Vaccination United Provinces of Agra and Oudh 1902-1913 - 1902-1913
Year: 1902
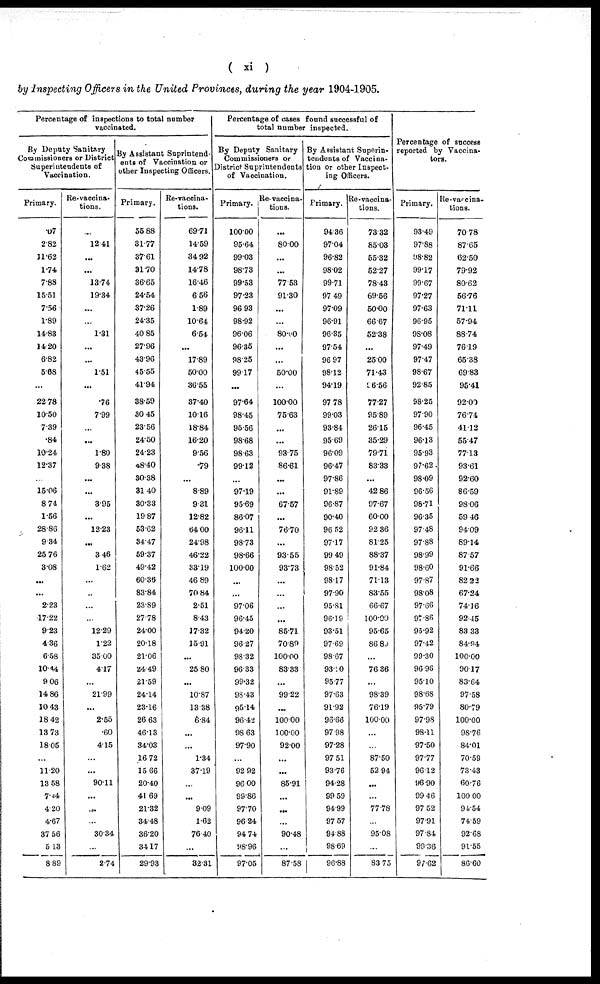
( xi )
by Inspecting Officers in the United Provinces, during the year 1904-1905.
Percentage of inspections to total number
vaccinated.
By Deputy Sanitary
Commissioners or District
Superintendents of
Vaccination.
Primary.
.07
2.82
11.62
1.74
7.88
15.51
7.56
1.89
14.83
14.20
6.82
5.68
...
22.78
10.50
7.39
.84
10.24
12.37
...
15.06
8.74
1.56
28.86
9.34
25.76
3.08
...
...
2.23
17.22
9.23
4.36
6.58
10.44
9.06
14.86
10.43
18.42
13.73
18.05
...
11.20
13.58
7.44
4.20
4.67
37.56
5.13
8.89
Re-vaccina-
tions.
...
12.41
...
...
13.74
19.34
...
...
1.31
...
...
1.51
...
.76
7.99
...
...
1.80
9.38
...
...
3.95
...
13.23
...
3.46
1.62
...
...
...
12.29
1.22
35.00
4.17
...
21.99
...
2.55
.60
4.15
...
...
90.11
...
...
...
30.34
...
2.74
By Assistant Suprintend-
ents of Vaccination or
other Inspecting Officers.
Primary.
55.88
31.77
37.61
31.70
36.65
24.54
37.26
24.35
40.85
27.96
43.96
45.55
41.94
38.59
30.45
23.56
24.50
24.23
48.40
30.38
31.40
30.33
19.87
53.62
34.47
59.37
49.42
60.38
83.84
23.89
27.78
24.00
20.18
21.06
24.49
21.59
24.14
23.16
26.63
46.13
34.03
16.72
15.66
20.40
41.69
21.32
34.48
36.20
34.17
29.93
Re-vaccina-
tions.
69.71
14.59
34.92
14.78
16.46
6.56
1.89
10.64
6.54
...
17.89
50.00
36.55
37.40
10.16
18.84
16.20
9.56
.79
...
8.89
9.31
12.82
64.00
24.98
46.22
33.19
46.89
70.84
2.51
8.43
17.32
15.91
...
25.80
...
10.87
13.38
6.84
...
...
1.34
37.19
...
...
9.09
1.62
76.40
...
32.31
Percentage of cases found successful of
total number inspected.
By Deputy Sanitary
Commissioners or
District Suprintendents
of Vaccination.
Primary.
100.00
95.64
99.03
98.73
99.53
97.23
96.93
98.92
96.06
96.35
98.25
99.17
...
97.64
98.45
95.56
98.68
98.63
99.12
...
97.19
95.69
86.07
96.11
98.73
98.66
100.00
...
...
97.06
96.45
94.20
96.27
98.32
96.33
99.32
98.43
95.14
96.42
98.63
97.90
...
92.92
96.00
99.86
97.70
96.24
94.74
98.96
97.05
Re-vaccina-
tions.
...
80.00
...
...
77.53
91.30
...
...
80.00
...
...
50.00
...
100.00
75.63
...
...
93.75
86.61
...
...
67.57
...
76.70
...
93.55
93.73
...
...
...
...
85.71
70.89
100.00
83.33
...
99.22
...
100.00
100.00
92.00
...
...
85.91
...
...
...
90.48
...
87.58
By Assistant Superin-
tendents of Vaccina-
tion or other Inspect-
ing Officers.
Primary.
94.36
97.04
96.82
98.02
99.71
97.49
97.09
96.91
96.35
97.54
96.97
98.12
94.19
97.78
99.03
93.84
95.69
96.09
96.47
97.86
91.89
96.87
90.40
96.52
97.17
99.49
98.52
98.17
97.90
95.81
96.19
93.51
97.69
98.67
93.20
95.77
97.63
91.92
96.66
97.98
97.28
97.51
93.76
94.28
99.59
94.99
97.57
94.88
98.69
96.88
Re-vaccina-
tions.
73.32
85.03
55.32
52.27
78.43
69.56
50.00
66.67
52.38
...
25.00
71.43
96.56
77.27
95.89
26.15
35.29
79.71
83.33
...
42.86
97.67
60.00
92.36
81.25
88.37
91.84
71.13
83.55
66.67
100.00
95.65
86.89
...
76.36
...
98.39
76.19
100.00
...
...
87.50
52.94
...
...
77.78
...
95.08
...
83.75
Percentage of success
reported by Vaccina-
tors.
Primary.
93.49
97.88
98.82
99.17
99.67
97.27
97.63
96.95
98.08
97.49
97.47
98.67
92.85
98.25
97.90
96.45
96.13
95.93
97.62
98.09
96.56
98.71
96.35
97.48
97.88
98.99
98.60
97.87
98.08
97.66
97.86
95.92
97.42
99.30
96.95
95.10
98.68
95.79
97.98
98.11
97.50
97.77
96.12
96.90
99.46
97.52
97.91
97.84
99.36
97.62
Re-vaccina¬
tions.
70.78
87.65
62.50
79.92
80.62
56.76
71.11
57.94
88.74
76.19
65.38
69.83
95.41
92.00
76.74
41.12
55.47
77.13
93.61
92.60
86.59
98.06
59.46
94.09
89.14
87.57
91.66
82.22
67.24
74.16
92.45
83.33
84.94
100.00
90.17
83.64
97.58
80.79
100.00
98.76
84.01
70.59
73.43
60.76
100.00
94.54
74.59
92.68
91.55
86.60